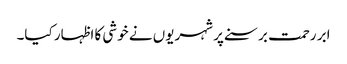
ابر رحمت برسنے پر شہریوں نے خوشی کا اظہار کیا۔